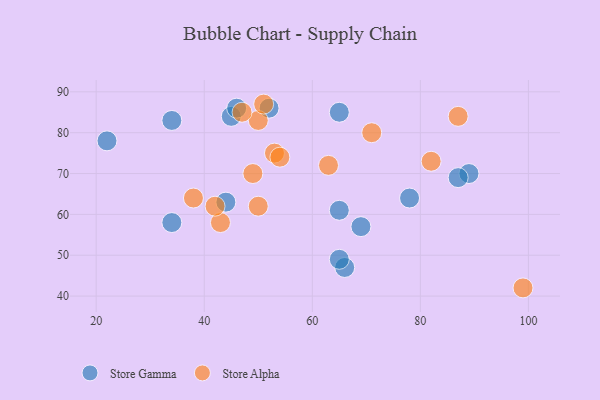
{"axis": {"x": "GDP", "y": "Life Expectancy"}, "legend": ["Store Alpha", "Store Gamma"], "data": [{"x": "34", "y": 83, "type": "Store Gamma"}, {"x": "66", "y": 47, "type": "Store Gamma"}, {"x": "22", "y": 78, "type": "Store Gamma"}, {"x": "44", "y": 63, "type": "Store Gamma"}, {"x": "89", "y": 70, "type": "Store Gamma"}, {"x": "78", "y": 64, "type": "Store Gamma"}, {"x": "65", "y": 61, "type": "Store Gamma"}, {"x": "52", "y": 86, "type": "Store Gamma"}, {"x": "69", "y": 57, "type": "Store Gamma"}, {"x": "45", "y": 84, "type": "Store Gamma"}, {"x": "87", "y": 69, "type": "Store Gamma"}, {"x": "65", "y": 49, "type": "Store Gamma"}, {"x": "46", "y": 86, "type": "Store Gamma"}, {"x": "65", "y": 85, "type": "Store Gamma"}, {"x": "34", "y": 58, "type": "Store Gamma"}, {"x": "50", "y": 83, "type": "Store Alpha"}, {"x": "43", "y": 58, "type": "Store Alpha"}, {"x": "99", "y": 42, "type": "Store Alpha"}, {"x": "49", "y": 70, "type": "Store Alpha"}, {"x": "87", "y": 84, "type": "Store Alpha"}, {"x": "82", "y": 73, "type": "Store Alpha"}, {"x": "63", "y": 72, "type": "Store Alpha"}, {"x": "50", "y": 62, "type": "Store Alpha"}, {"x": "71", "y": 80, "type": "Store Alpha"}, {"x": "47", "y": 85, "type": "Store Alpha"}, {"x": "53", "y": 75, "type": "Store Alpha"}, {"x": "38", "y": 64, "type": "Store Alpha"}, {"x": "42", "y": 62, "type": "Store Alpha"}, {"x": "54", "y": 74, "type": "Store Alpha"}, {"x": "51", "y": 87, "type": "Store Alpha"}]}